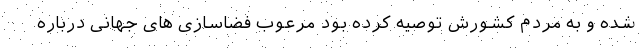
شده و به مردم کشورش توصیه کرده بود مرعوب فضاسازی های جهانی درباره